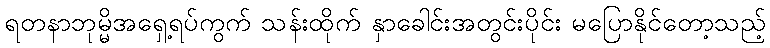
ရတနာဘုမ္မိအရှေ့ရပ်ကွက် သန်းထိုက် နှာခေါင်းအတွင်းပိုင်း မပြောနိုင်တော့သည့်